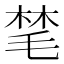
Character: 𪵝